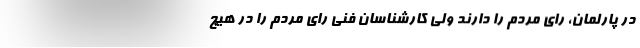
در پارلمان، رای مردم را دارند ولی کارشناسان فنی رای مردم را در هیچ